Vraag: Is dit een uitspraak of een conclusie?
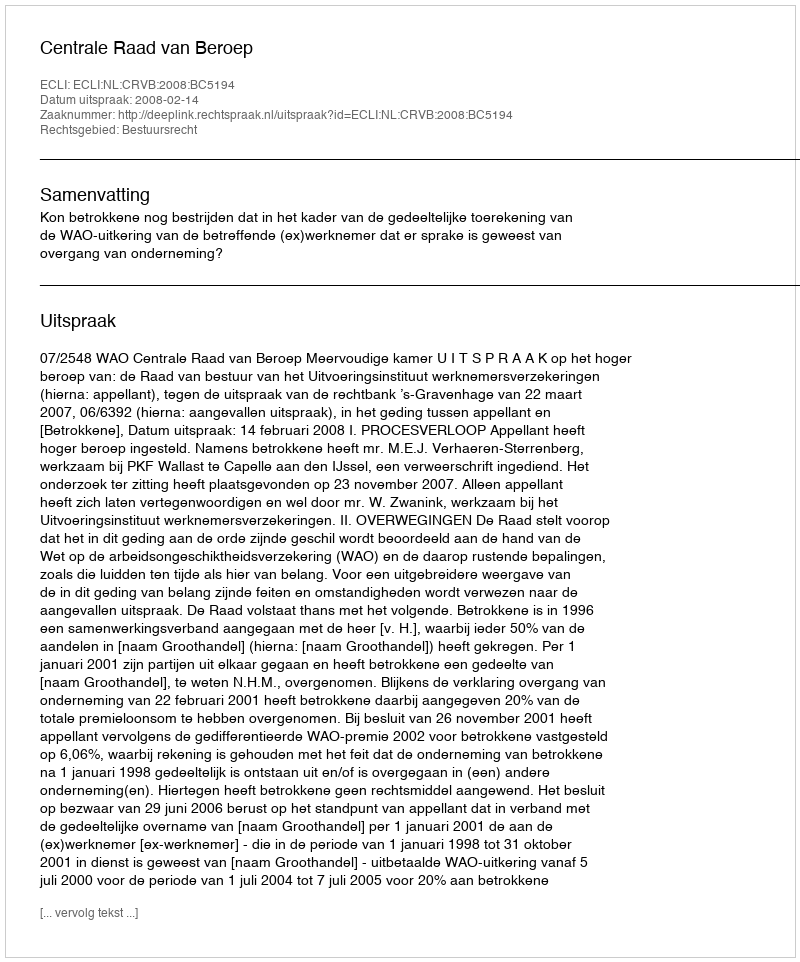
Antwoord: Uitspraak